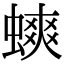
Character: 䗮